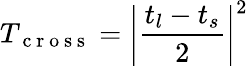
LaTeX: T_{\mathrm{~c~r~o~s~s~}}=\left|\frac{t_{l}-t_{s}}{2}\right|^{2}